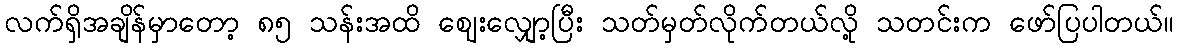
လက်ရှိအချိန်မှာတော့ ၈၅ သန်းအထိ ဈေးလျှော့ပြီး သတ်မှတ်လိုက်တယ်လို့ သတင်းက ဖော်ပြပါတယ်။